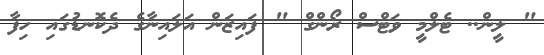
" ލީން.. ޓެލްމީ ވަޓްސް ރޯންގް " ފައިޒަން އަލައިނާގެ ދެކޮނޑުގައި ހިފާ